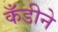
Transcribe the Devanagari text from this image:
कँडीने